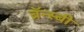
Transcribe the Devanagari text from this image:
ब्रॅन्स्बी